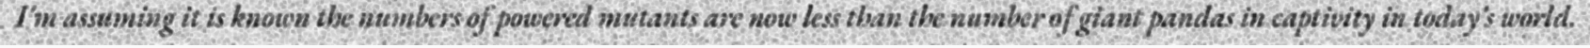
I'm assuming it is known the numbers of powered mutants are now less than the number of giant pandas in captivity in today's world.